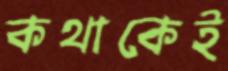
কথাকেই